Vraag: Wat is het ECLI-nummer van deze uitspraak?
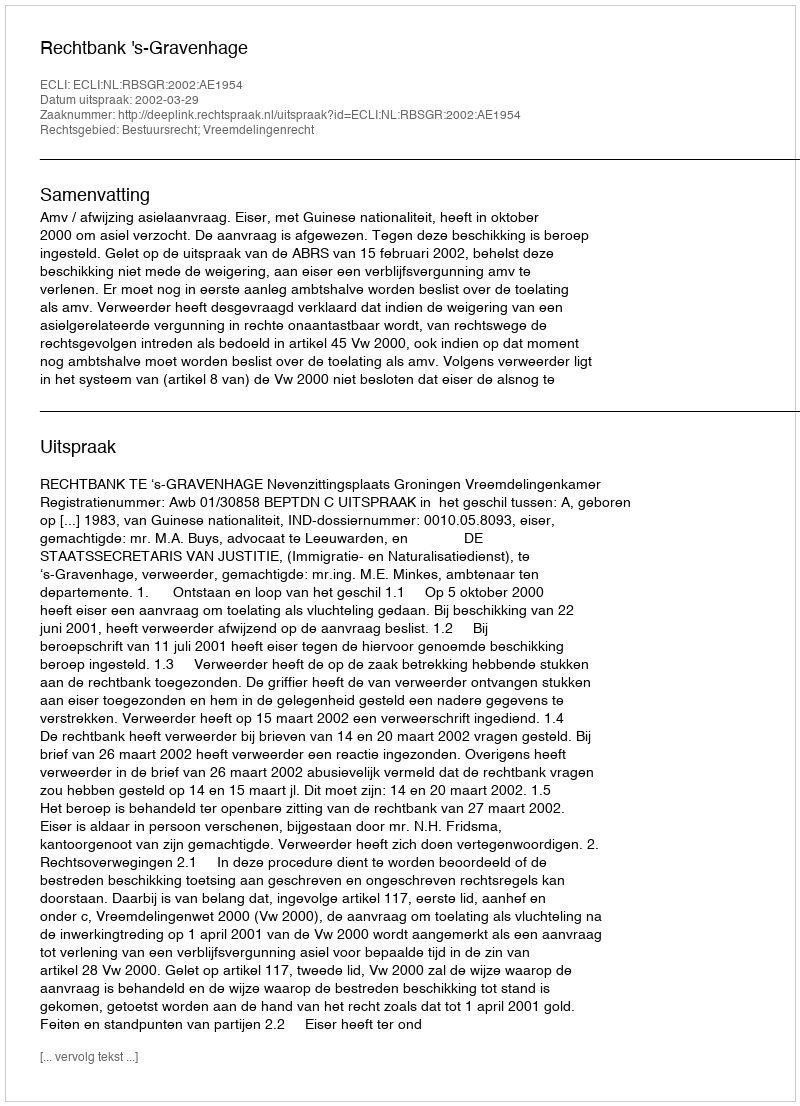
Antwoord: ECLI:NL:RBSGR:2002:AE1954